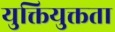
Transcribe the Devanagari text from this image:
युक्तियुक्तता